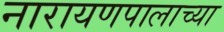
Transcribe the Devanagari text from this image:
नारायणपालाच्या